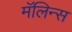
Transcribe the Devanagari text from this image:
मॅलिन्स